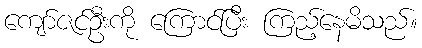
ကျော်ဇင်ဦးကို ကြောင်ပြီး ကြည့်နေမိသည်။